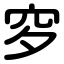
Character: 穸